Report of the Indian Hemp Drugs Commission, 1894-1895 - Volume IV
Year: 1894
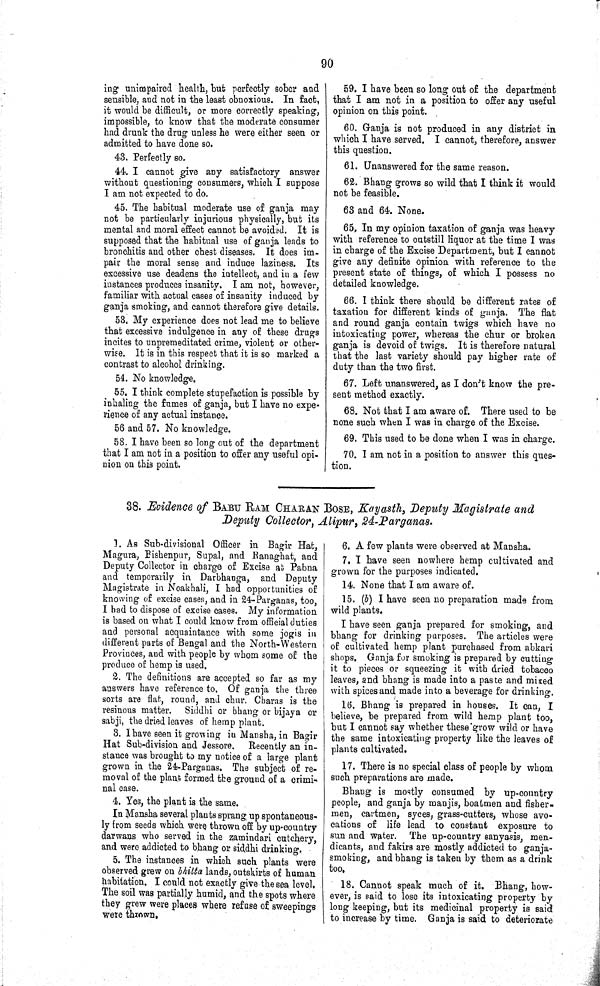
90
ing unimpaired health, but perfectly sober and
sensible, and not in the least obnoxious. In fact,
it would be difficult, or more correctly speaking,
impossible, to know that the moderate consumer
had drunk the drug unless he were either seen or
admitted to have done so.
43. Perfectly so.
44. I cannot give any satisfactory answer
without questioning consumers, which I suppose
I am not expected to do.
45. The habitual moderate use of ganja may
not be particularly injurious physically, but its
mental and moral effect cannot be avoided. It is
supposed that the habitual use of ganja leads to
bronchitis and other chest diseases. It does im¬
pair the moral sense and induce laziness. Its
excessive use deadens the intellect, and in a few
instances produces insanity. I am not, however,
familiar with actual cases of insanity induced by
ganja smoking, and cannot therefore give details.
53. My experience does not lead me to believe
that excessive indulgence in any of these drugs
incites to unpremeditated crime, violent or other¬
wise. It is in this respect that it is so marked a
contrast to alcohol drinking.
54. No knowledge.
55. I think complete stupefaction is possible by
inhaling the fumes of ganja, but I have no expe¬
rience of any actual instance.
56 and 57. No knowledge.
58. I have been so long out of the department
that I am not in a position to offer any useful opi¬
nion on this point.
59. I have been so long out of the department
that I am not in a position to offer any useful
opinion on this point.
60. Ganja is not produced in any district in
which I have served. I cannot, therefore, answer
this question.
61. Unanswered for the same reason.
62. Bhang grows so wild that I think it would
not be feasible.
63 and 64. None.
65. In my opinion taxation of ganja was heavy
with reference to outstill liquor at the time I was
in charge of the Excise Department, but I cannot
give any definite opinion with reference to the
present state of things, of which I possess no
detailed knowledge.
66. I think there should be different rates of
taxation for different kinds of ganja. The flat
and round ganja contain twigs which have no
intoxicating power, whereas the chur or broken
ganja is devoid of twigs. It is therefore natural
that the last variety should pay higher rate of
duty than the two first.
67. Left unanswered, as I don't know the pre¬
sent method exactly.
68. Not that I am aware of. There used to be
none such when I was in charge of the Excise.
69. This used to be done when I was in charge.
70. I am not in a position to answer this ques¬
tion.
38. Evidence of BABU RAM CHARAN BOSE, Kayasth, Deputy Magistrate and
Deputy Collector, Alipur, 24-Parganas.
1. As Sub-divisional Officer in Bagir Hat,
Magura, Bishenpur, Supal, and Ranaghat, and
Deputy Collector in charge of Excise at Pabna
and temporarily in Darbhanga, and Deputy
Magistrate in Noakhali, I had opportunities of
knowing of excise cases, and in 24-Parganas, too,
I had to dispose of excise cases. My information
is based on what I could know from official duties
and personal acquaintance with some jogis in
different parts of Bengal and the North-Western
Provinces, and with people by whom some of the
produce of hemp is used.
2. The definitions are accepted so far as my
answers have reference to. Of ganja the three
sorts are flat, round, and chur. Charas is the
resinous matter. Siddhi or bhang or bijaya or
sabji, the dried leaves of hemp plant.
3. I have seen it growing in Mansha, in Bagir
Hat Sub-division and Jessore. Recently an in¬
stance was brought to my notice of a large plant
grown in the 24-Parganas. The subject of re¬
moval of the plant formed the ground of a crimi¬
nal case.
4. Yes, the plant is the same.
In Mansha several plants sprang up spontaneous-
ly from seeds which were thrown off by up-country
darwans who served in the zamindari cutchery,
and were addicted to bhang or siddhi drinking.
5. The instances in which such plants were
observed grew on bhitta lands, outskirts of human
habitation. I could not exactly give the sea level.
The soil was partially humid, and the spots where
they grew were places where refuse of sweepings
were thrown.
6. A few plants were observed at Mansha.
7. I have seen nowhere hemp cultivated and
grown for the purposes indicated.
14. None that I am aware of.
15. (b) I have seen no preparation made from
wild plants.
I have seen ganja prepared for smoking, and
bhang for drinking purposes. The articles were
of cultivated hemp plant purchased from abkari
shops. Ganja for smoking is prepared by cutting
it to pieces or squeezing it with dried tobacco
leaves, and bhang is made into a paste and mixed
with spices and made into a beverage for drinking.
16. Bhang is prepared in houses. It can, I
believe, be prepared from wild hemp plant too,
but I cannot say whether these grow wild or have
the same intoxicating property like the leaves of
plants cultivated.
17. There is no special class of people by whom
such preparations are made.
Bhang is mostly consumed by up-country
people, and ganja by manjis, boatmen and fisher¬
men, cartmen, syces, grass-cutters, whose avo¬
cations of life lead to constant exposure to
sun and water. The up-country sanyasis, men¬
dicants, and fakirs are mostly addicted to ganja-
smoking, and bhang is taken by them as a drink
too.
18. Cannot speak much of it. Bhang, how¬
ever, is said to lose its intoxicating property by
long keeping, but its medicinal property is said
to increase by time. Ganja is said to deteriorate